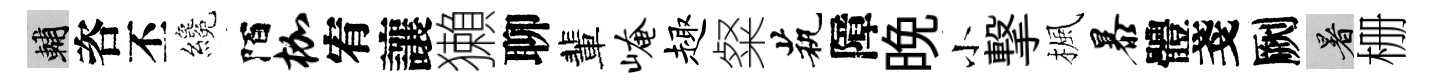
輔咨丕纔陌枷宥讓獺聊輩崦趣粲茕障晩小撃楓暴體戔劂暑栅